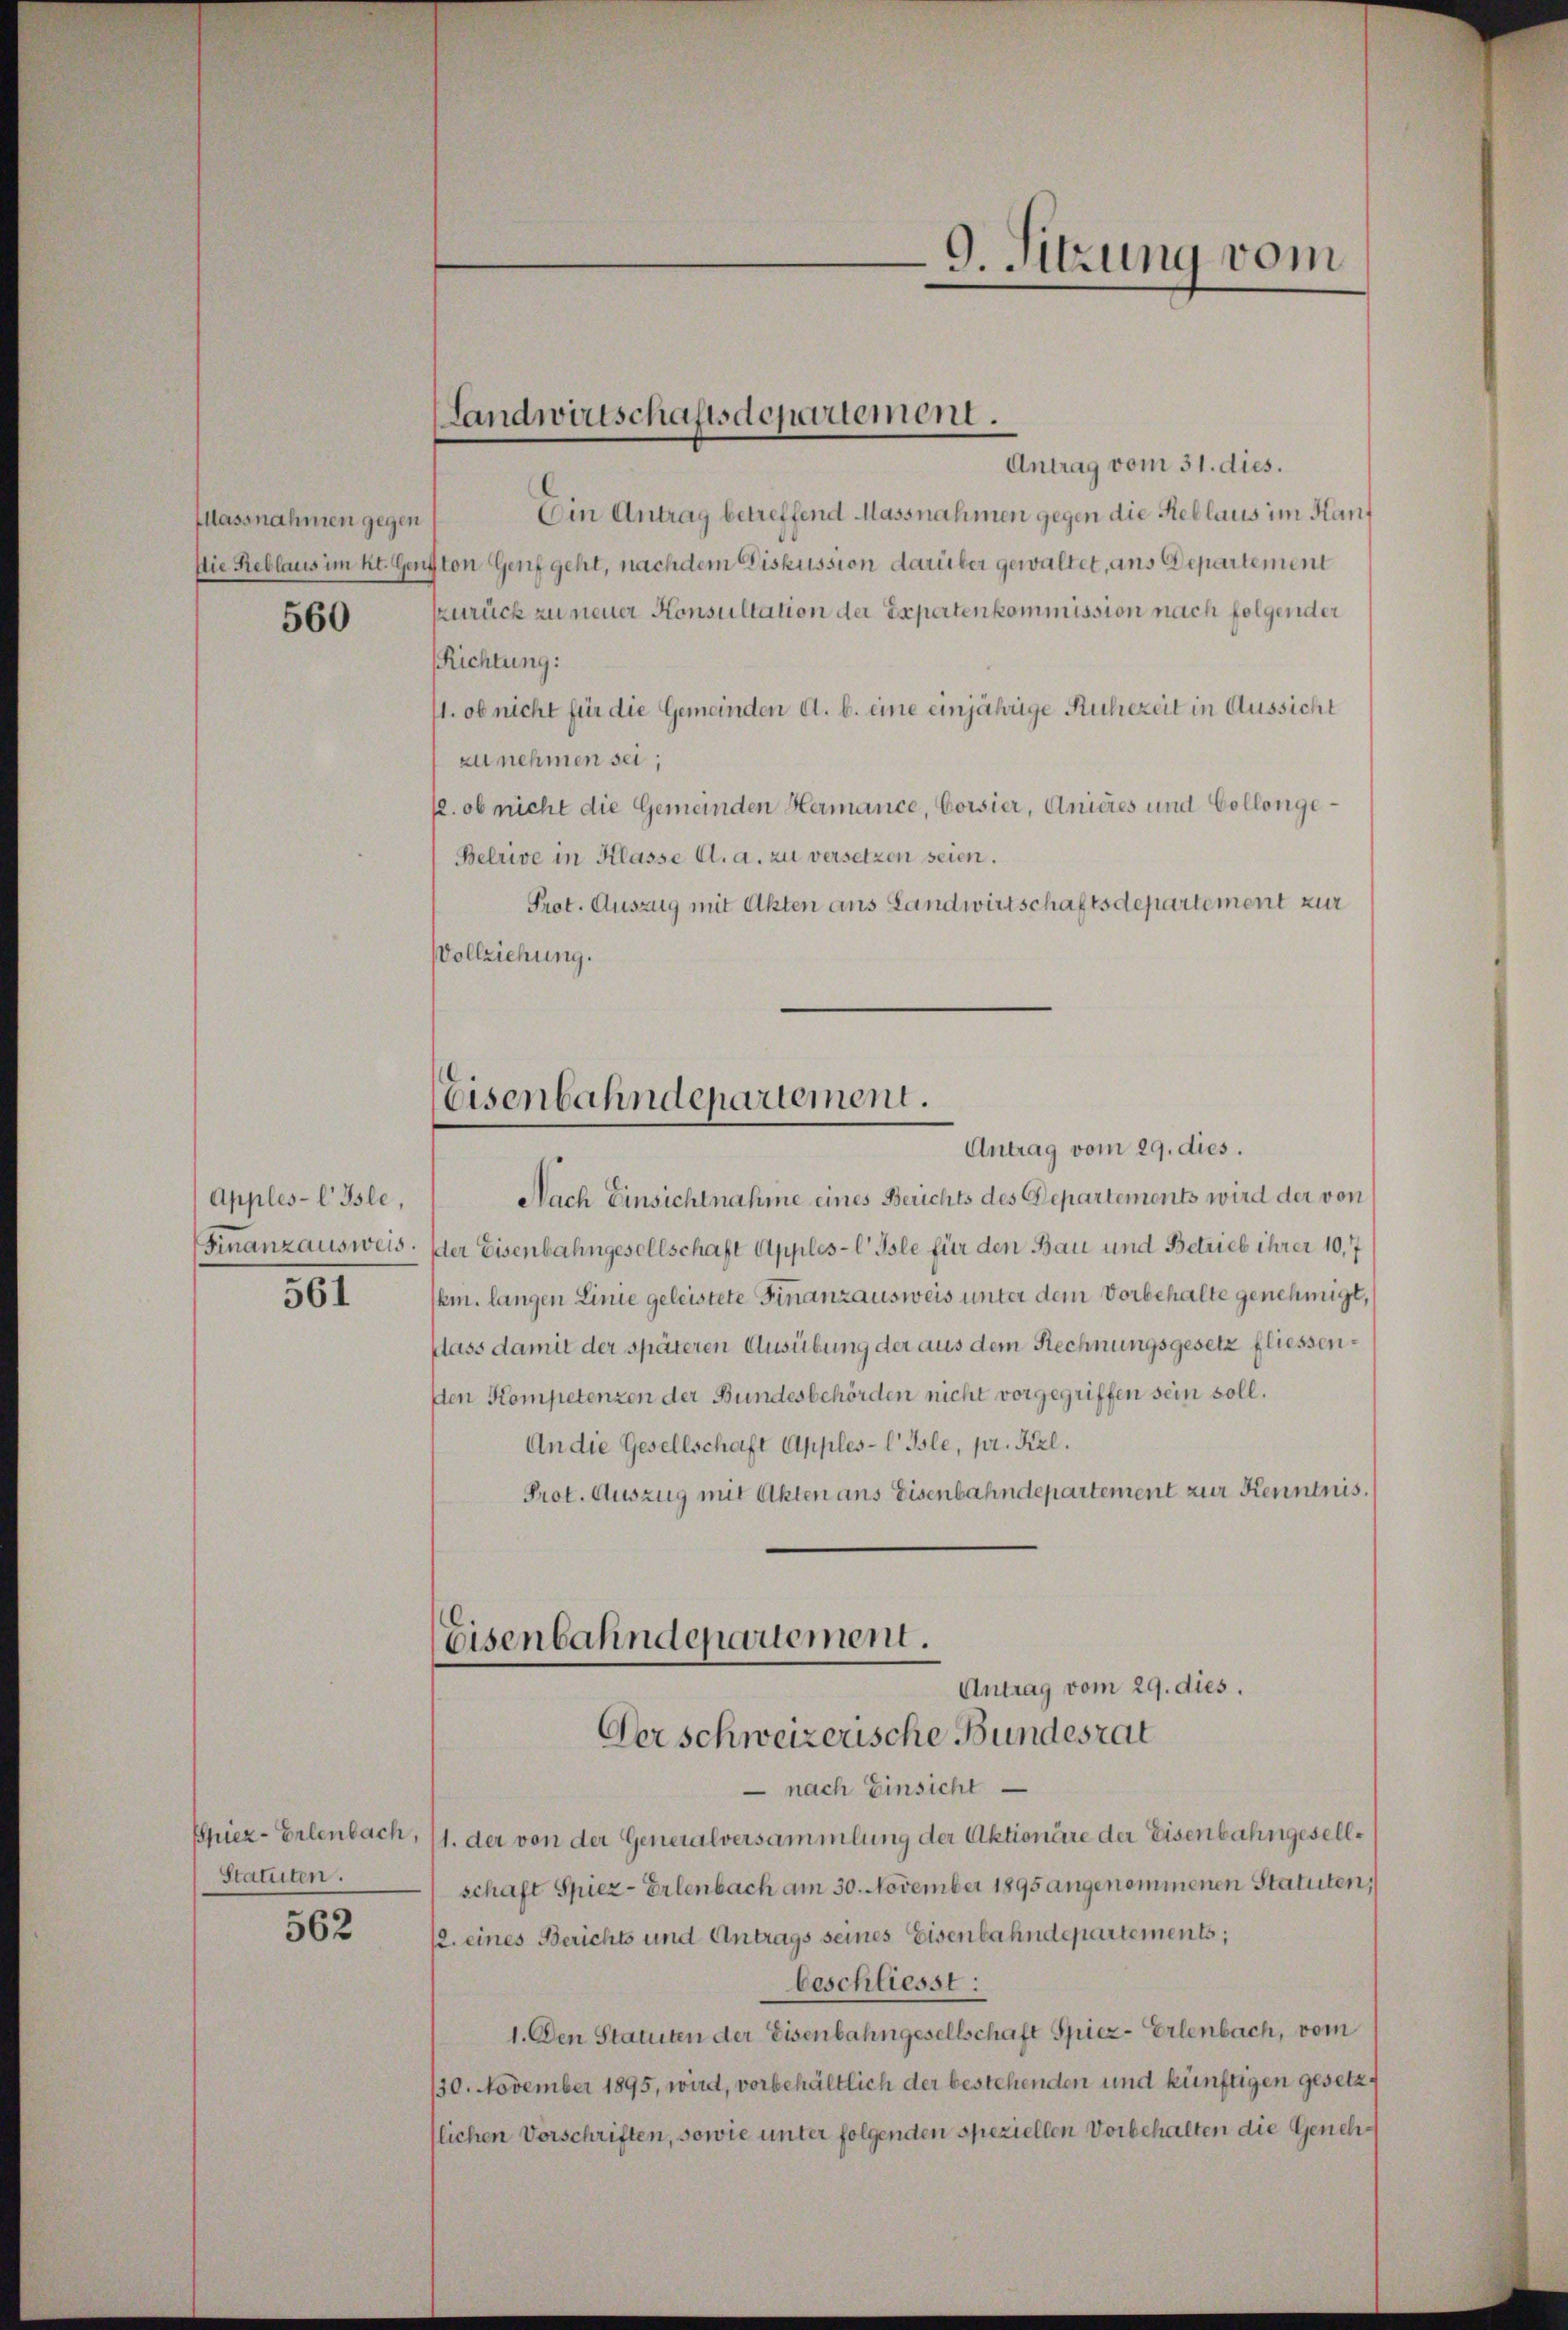
Classnahmen gegen

560

Apples-l Isle,
Finanzausweis.

561

Spiez- Erlenbach,
Statuten.

562

Antrag vom 31. dies.
Ein Antrag betreffend Massnahmen gegen die Reblaus im Kant
Die Reblaus im Kt. Genfton Genf geht, nachdem Diskussion darüber gewaltet, aus Departement
Zurück zu neuer Konsultation der Expertenkommission nach folgender
Richtung:
1. ob nicht für die Gemeinden A. b. eine einjährige Ruhezeit in Aussicht
zu nehmen sei;
p. ob nicht die Gemeinden Hermance, Corsier, Anières und Collenge¬
Belrive in Klasse A. a. zu versetzen seien.
Prot. Auszug mit Akten ans Landwirtschaftsdepartement zur
Vollziehung.

Antrag vom 29. dies.
Nach Einsichtnahme eines Berichts des Departements wird der von
der Eisenbahngesellschaft Apples-l’ Isle für den Bau und Betrieb ihrer 10,7
km. langen Linie geleistete Finanzausweis unter dem Vorbehalte genehmigt,
dass damit der späteren Ausübung der aus dem Rechnungsgesetz fliessenden Kompetenzen der Bundesbehörden nicht vorgegriffen sein soll.
An die Gesellschaft Apples-C Isle, pr. Kiel.
Prot. Auszug mit Akten ans Eisenbahndepartement zur Kenntnis.

Landwirtschaftsdepartement.

Eisenbahndepartement.

9. Sitzung vom

Eisenbahndepartement.
Antrag vom 29. dies.
Der schweizerische Bundesrat

nach Einsicht
1. der von der Generalversammlung der Aktionäre der Eisenbahngesellschaft Spiez- Erlenbach am 30. November 1895 angenommenen Statuten,
12. eines Berichts und Antrags seines Eisenbahndepartements;
beschliesst:
1. Den Statuten der Eisenbahngesellschaft Spiez-Erlenbach, vom
130. November 1895, wird, vorbehältlich der bestehenden und künftigen gesetzt
flichen Vorschriften, sowie unter folgenden speziellen Vorbehalten die Geneh¬